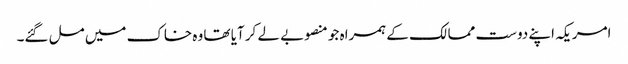
امریکہ اپنے دوست ممالک کے ہمراہ جو منصوبے لے کر آیا تھا وہ خاک میں مل گئے۔